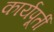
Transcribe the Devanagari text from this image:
कार्यपूर्ती